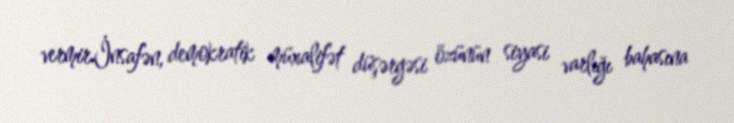
vermir.İnsafən, demokratik müxalifət düşərgəsi özünün siyasi varlığı bahasına